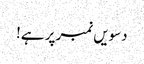
دسویں نمبر پر ہے!